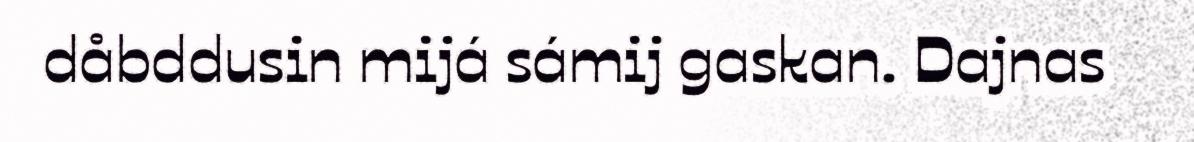
dåbddusin mijá sámij gaskan. Dajnas